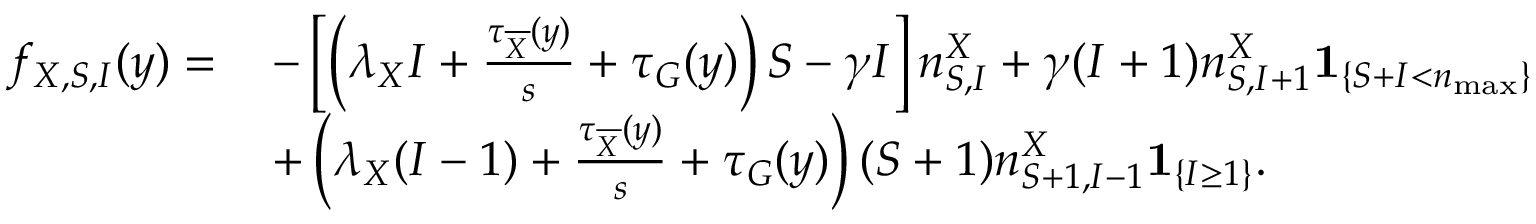
\begin{array} { r l } { f _ { X , S , I } ( y ) = \, } & { - \left[ \left( \lambda _ { X } I + \frac { \tau _ { \overline { { X } } } ( y ) } { s } + \tau _ { G } ( y ) \right) S - \gamma I \right] n _ { S , I } ^ { X } + \gamma ( I + 1 ) n _ { S , I + 1 } ^ { X } \mathbf { 1 } _ { \left\{ S + I < n _ { \operatorname* { m a x } } \right\} } } \\ { \, } & { + \left( \lambda _ { X } ( I - 1 ) + \frac { \tau _ { \overline { { X } } } ( y ) } { s } + \tau _ { G } ( y ) \right) ( S + 1 ) n _ { S + 1 , I - 1 } ^ { X } \mathbf { 1 } _ { \left\{ I \geq 1 \right\} } . } \end{array}